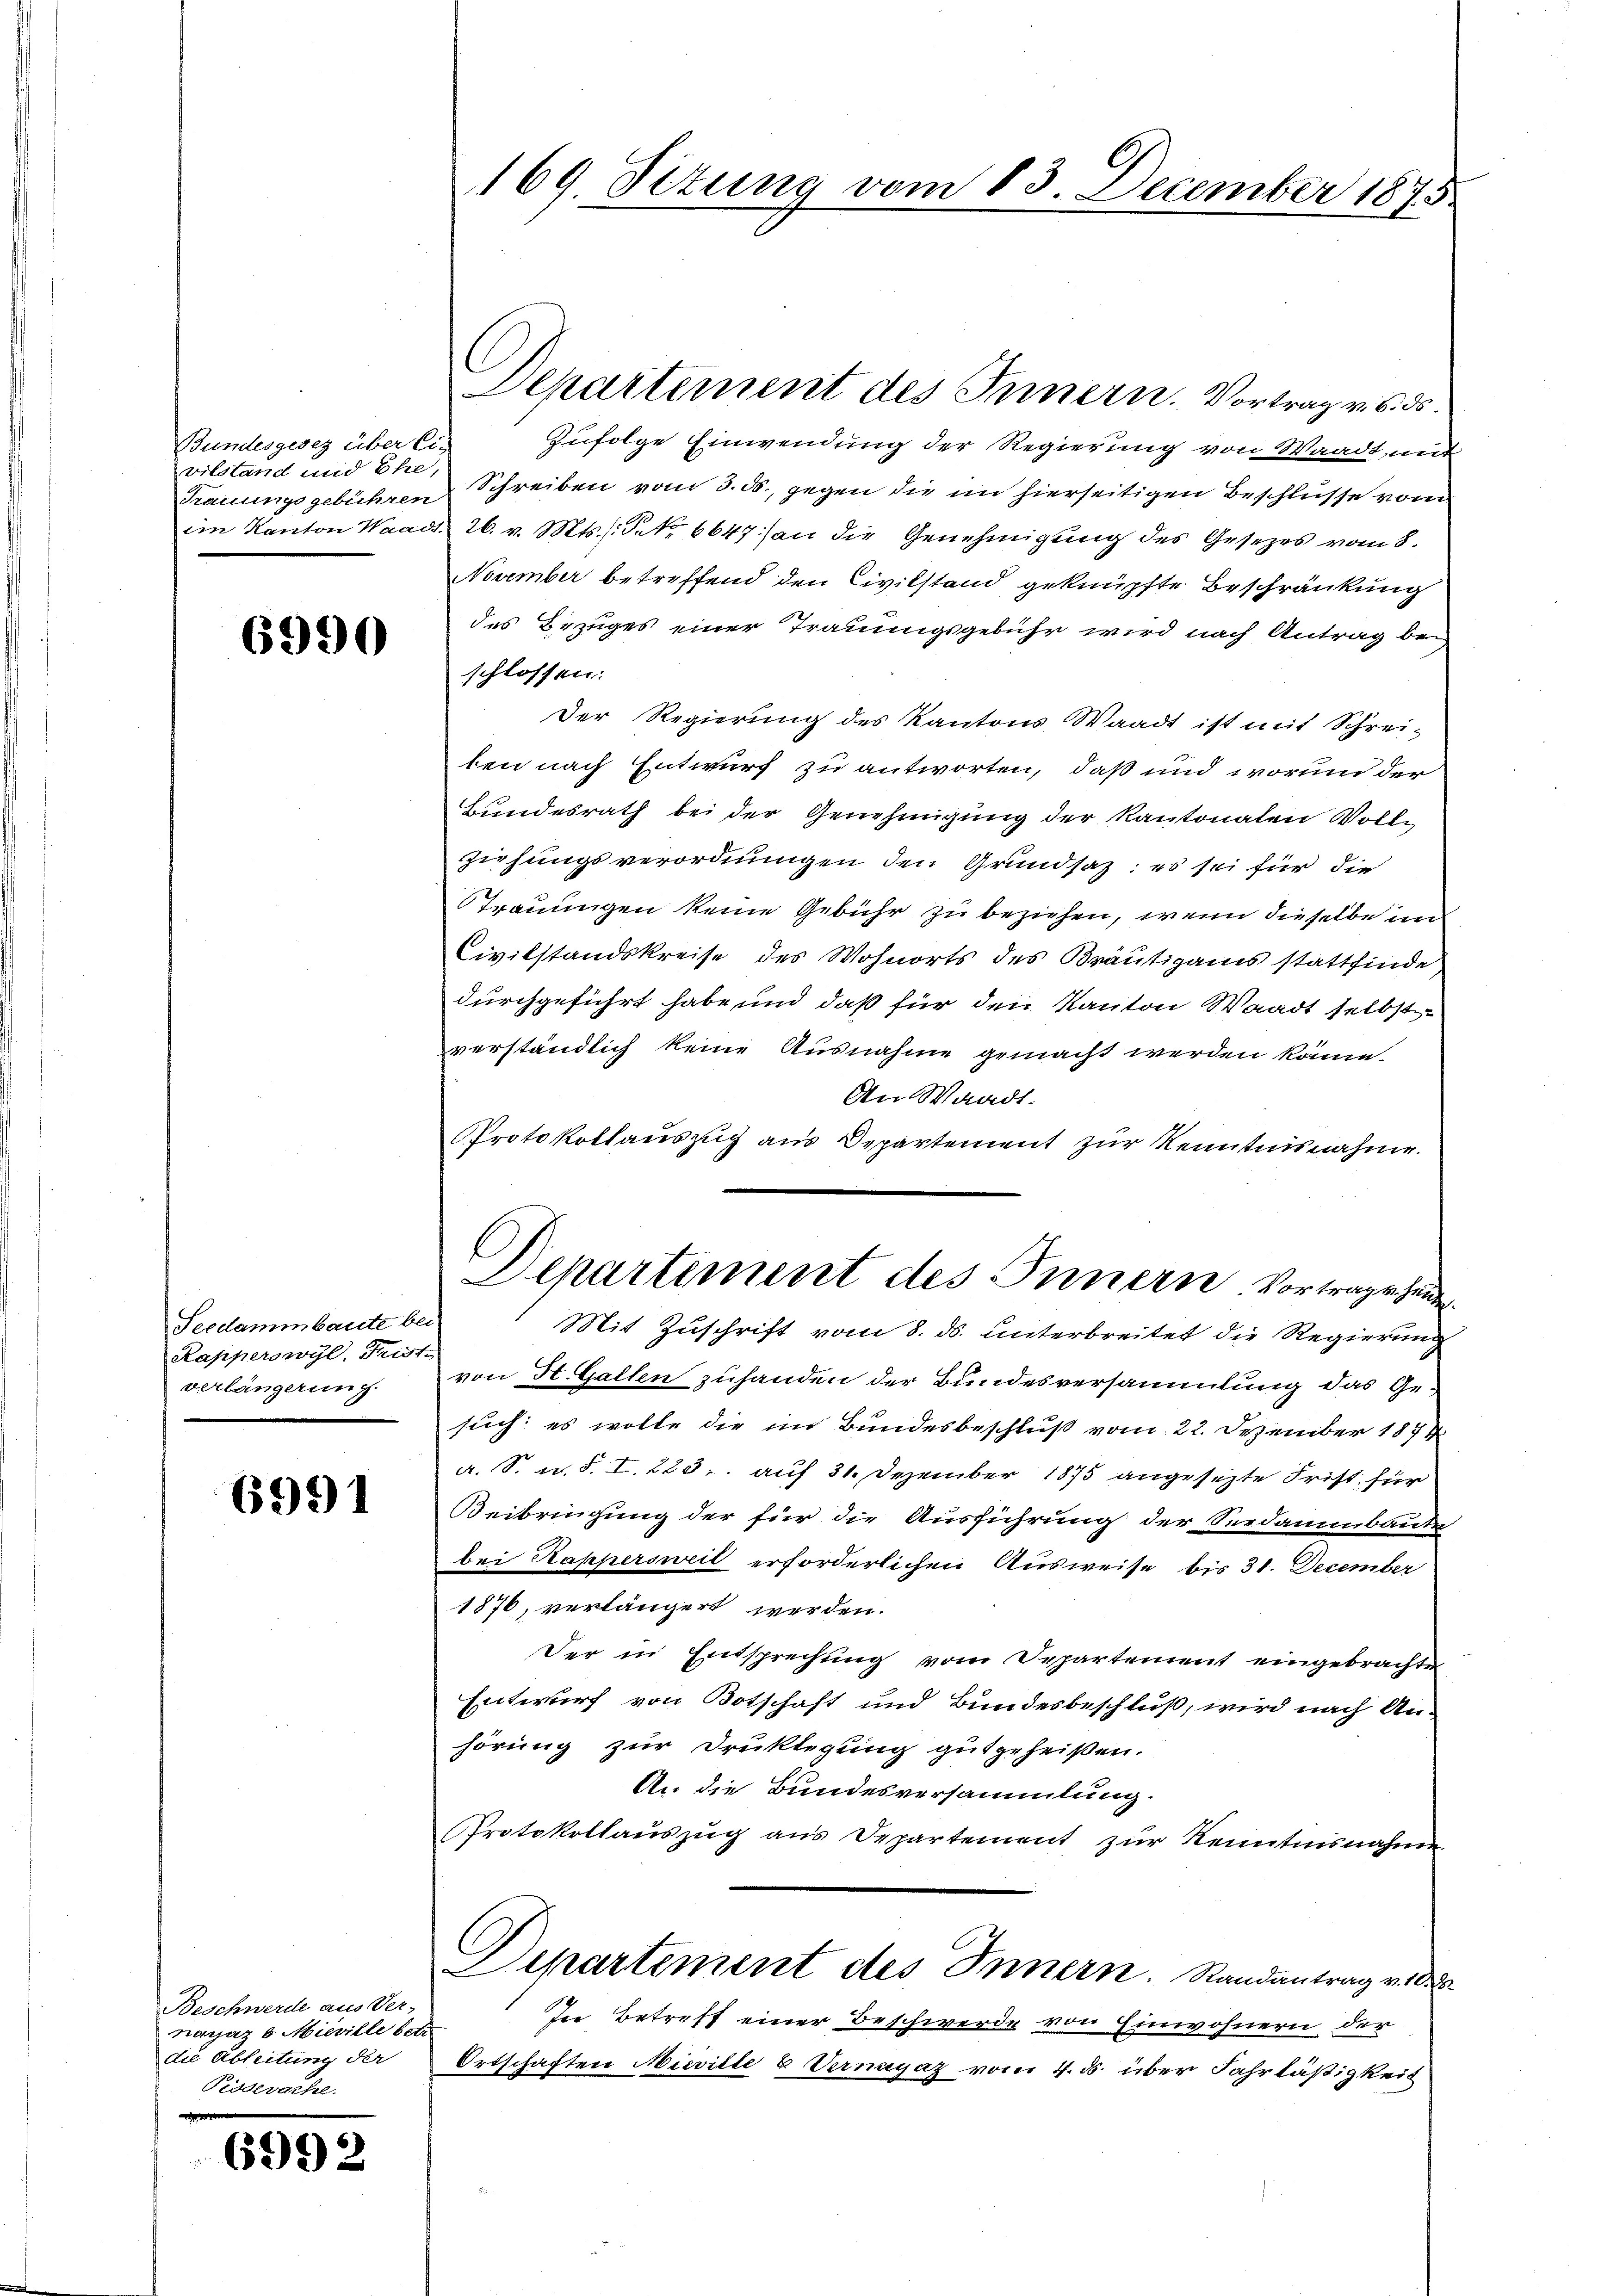
Bundesgesez über Ci-
vilstand und Ehe,

6990

Seedammbaute bei
Kapperswyl, Frist
verlängerung.

6991

Beschwerde aus Ver-
magaz 6. Mieville sch
die Ableitung der
Pidderache.

6992

169. Situng vom 13. December 1875

Departement des Innern. Vortrag v. 6. 30.
Zufolge Einwendung der Regierung von Waadt, und
Trauungsgebühren Schreiben vom 3. ds., gegen die im hierseitigen Beschlüsse vom
im Kanton Waadt. 26. v. Mts. S. 6647 an die Genehmigung des Gesezes vom 8.
November betreffend den Civilstand geknüpfte Beschränkung
des Bezuges einer Trauungsgebühr wird nach Antrag bei
schlossen:
Der Regierung des Kantons Waadt ist mit Schrei-
ben nach Entwurf zu antworten, daß und worin der
Bundesrath bei der Genehmigung der Kantonalen Voll¬
Ziehungsverordnungen den Grundsaz; es sei für die
Trauungen keine Gebühr zu beziehen, wenn dieselbe im
Civilstandskreise des Wohnorts des Bräutigams stattfinde
durchgeführt habe und daß für den Kanton Waadt selbst
verständlich keine Ausnahme gemacht werden könne.
An Waadt.
Protokollauszug aus Departement zur Kenntnisnahme.
l
Departement des Innern Vortrage hunde
Mit Zuschrift vom 8. ds. unterbreitet die Regierung
von St. Gallen zuhanden der Bundesversammlung das Ge-
such: es wolle die im Bundesbeschluß vom 22. Dezember 1874
A. S. u. S. I. 223. auf 31. Dezember 1875 angesezte Frist für
Beibringung der für die Ausführung der Seedammbaute
bei Kappersweil erforderlichen Ausweise bis 31. December
1876, verlängert werden.
Der in Entsprechung vom Departement eingebrachte
Entwurf von Botschaft und Bundesbeschluß, wird nach An-
hörung zur Drucklegung gutgeheißen.
An die Bundesversammlung.
Protokollaŭszŭg ans Departement zŭr Kenntnisnahmen
Departement des Innern. Randantrag v. d
In Betreff einer Beschwerde von Einwohnern der
Ortschaften Nieville & Vernayaz vom 4. ds. über Fahrläßigkeit
e